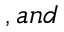
, a n d